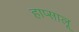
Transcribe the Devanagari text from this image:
हाप्सालू